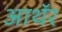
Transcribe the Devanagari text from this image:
आथॅर